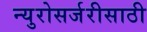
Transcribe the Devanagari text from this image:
न्युरोसर्जरीसाठी